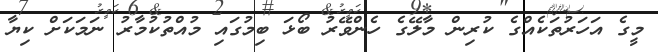
މީގެ އަހަރުތަކެއްގެ ކުރިން މާލޭގެ ހެންވޭރު ބޯޅަ ބިމުގައި މުއްތުކުމާރު ނަމަކަށް ކިޔާ